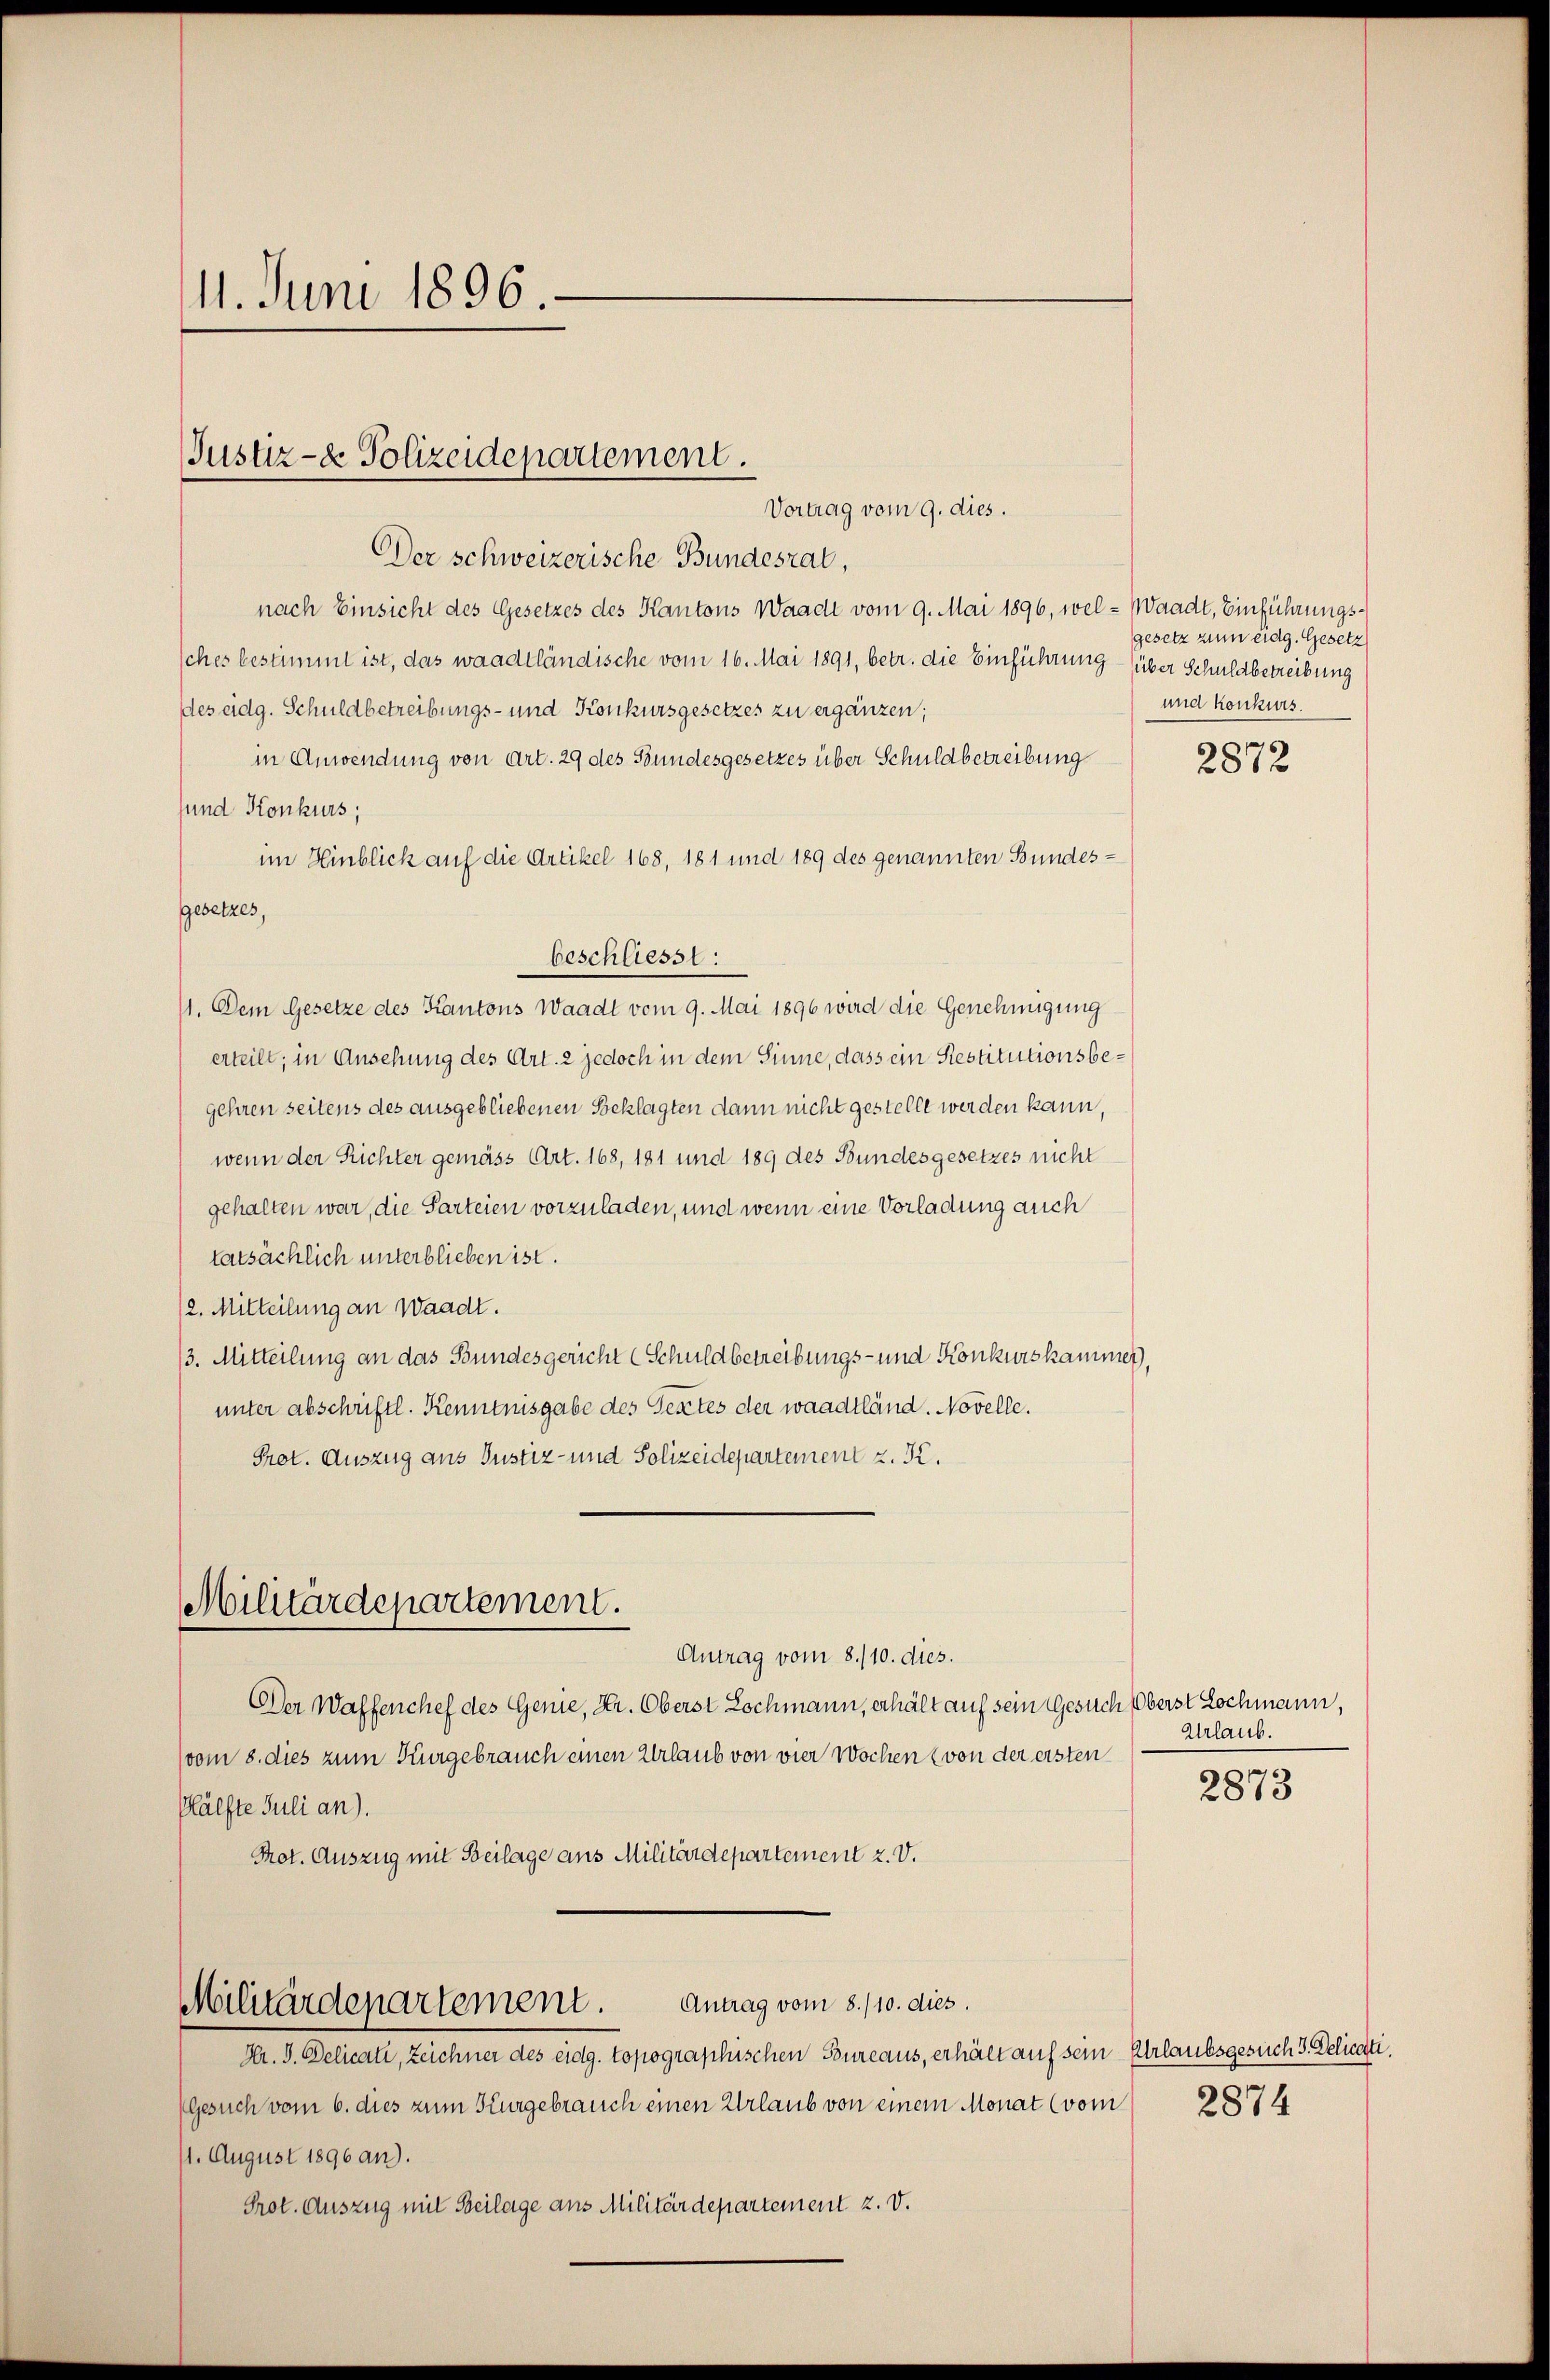
11. Juni 1896.

Justiz- & Polizeidepartement.
Vortrag vom 9. dies.

Der schweizerische Bundesrat,
nach Einsicht des Gesetzes des Kantons Waadt vom 9. Mai 1896, wel- Waadt, Einführungssches bestimmt ist, das waadtländische vom 16. Mai 1891, betr. die Einführung über Schuldbetreibung
des eidg. Schuldbetreibungs- und Konkursgesetzes zu ergänzen;
in Anwendung von Art. 29 des Bundesgesetzes über Schuldbetreibung
sund Konkurs;
im Hinblick auf die Artikel 168, 181 und 189 des genannten Bundes¬
Gesetzes,
beschliesst:
11. Dem Gesetze des Kantons Waadt vom 9. Mai 1896 wird die Genehmigung
erteilt; in Ansehung des Art. 2 jedoch in dem Sinne, dass ein Restitutionsbegehren seitens des ausgebliebenen Beklagten dann nicht gestellt werden kann,
wenn der Richter gemäss Art. 168, 181 und 189 des Bundesgesetzes nicht
gehalten war, die Parteien vorzuladen, und wenn eine Vorladung auch
tatsächlich unterblieben ist.
/2. Mitteilung an Waadt.
13. Mitteilung an das Bundesgericht (Schuldbetreibungs- und Konkurskammer,
unter abschriftl. Kenntnisgabe des Textes der waadtländ. Novelle.
Prot. Auszug aus Justiz- und Polizeidepartement z. K.
Militärdepartement.
Antrag vom 8./10. dies.
Der Waffenchef des Genie, Hr. Oberst Lochmann, erhält auf sein Gesuch Oberst Lochmann,
(vom 8. dies zum Kurgebrauch einen Urlaub von vier Wochen (von der ersten
Hälfte Juli an).
Prot. Auszug mit Beilage aus Militärdepartement z. V.
Militärdepartement. Antrag vom 8./10. dies
Hr. J. Delicati, Zeichner des eidg. topographischen Bureaus, erhält auf sein Urlaubsgesuch 3. Delicati
Gesuch vom 6. dies zum Kurgebrauch einen Urlaub von einem Monat (vom 2874
1. August 1896 an).
Prot. Auszug mit Beilage aus Militärdepartement z. V.

gesetz zum eidg. Gesetz
und konkurs.

2872

Urlaub.

2873